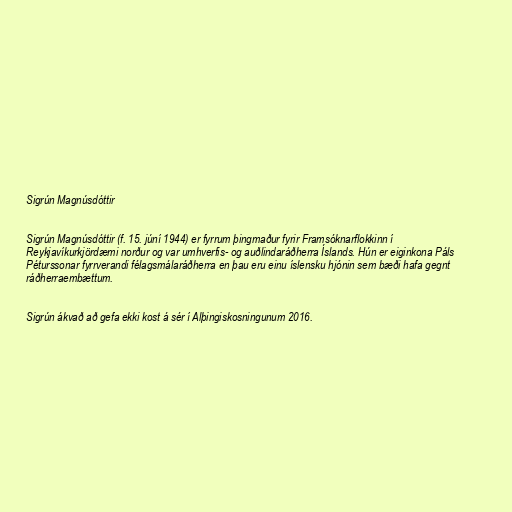
Sigrún Magnúsdóttir

Sigrún Magnúsdóttir (f. 15. júní 1944) er fyrrum þingmaður fyrir Framsóknarflokkinn í
Reykjavíkurkjördæmi norður og var umhverfis- og auðlindaráðherra Íslands. Hún er eiginkona Páls
Péturssonar fyrrverandi félagsmálaráðherra en þau eru einu íslensku hjónin sem bæði hafa gegnt
ráðherraembættum.

Sigrún ákvað að gefa ekki kost á sér í Alþingiskosningunum 2016.